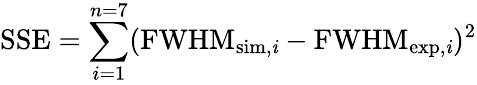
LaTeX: \displaystyle\textrm{SSE}=\sum_{i=1}^{n=7}(\textrm{FWHM}_{\textrm{sim,\textit{i}}}-\textrm{FWHM}_{\textrm{exp,\textit{i}}})^{2}